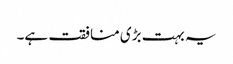
یہ بہت بڑی منافقت ہے۔